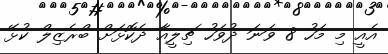
އެއީ މި މަހު 8 ވަނަ ދުވަހު ޗިލީއާ ދެކޮޅަށް ބްރެޒިލް ކުޅޭ